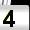
Digit: 4